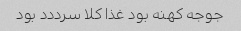
جوجه کهنه بود غذا کلا سرددد بود